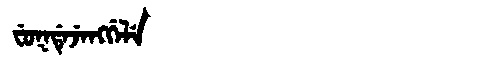
Manchu: ᠸᡠᡴᡩᡝᠵᡝᠩᡤᡝᠯᡝ
Romanization: FUKDEJENGGELE